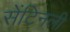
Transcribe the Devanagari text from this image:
सेंटिनली